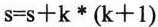
$$s=s+k*(k+1)$$